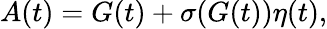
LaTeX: A(t)=G(t)+\sigma(G(t))\eta(t),